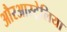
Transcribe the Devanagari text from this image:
औरआस्ट्रेलिया